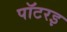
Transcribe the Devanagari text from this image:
पॉटरइ